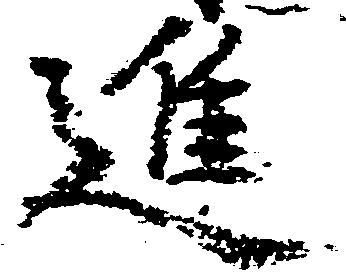
進